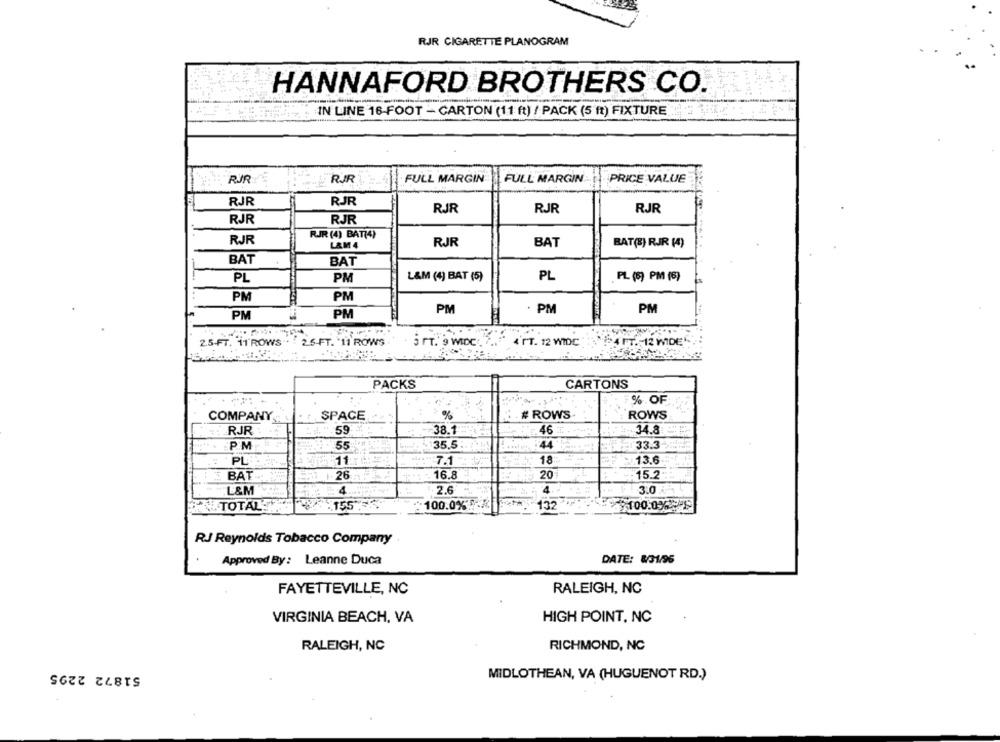
RJR CIGARETTE PLANOGRAM
HANNAFORD BROTHERS CO.
IN LINE 16-FOOT - CARTON (11 ft) / PACK (5 ft) FIXTURE
RUR
: FULL MARGIN
PRICE VALUE
RJR
FULL MARGIN
RJR
RJR
RJR
RJR
RJR
RJR
RJR
RJR (4) BAT(4)
RJR
L&M 4
RJR
BAT
BAT(E) RJR (4)
BAT
BAT
PL
PM
L&M (4) BAT (5)
PL
PL (5) PM (5)
PM
PM
PM
. PM
PM
PM
PM
2.5-FT. 11'ROWS".
2.5-FT. 11 ROWS
5 FT. 9 WIDC.
ATT. 12 WIDC
ATT. 12 WIDE
PACKS
CARTONS
% OF
SPACE
# ROWS
ROWS
COMPANY
RJR
.59
-38.1
46
34.8
P.M
55
35.5 .
44
33.3
PL
11
7.1 "
18
13.6
20
15.2
BAT
26
16.8
4
2.6
4
3.0
L&M
100.0%
TOTAL:
155
100.0% **
132
RJ Reynolds Tobacco Company
Approved By: Leanne Duca
DATE: &/31/96
FAYETTEVILLE, NC
RALEIGH, NC
VIRGINIA BEACH, VA
HIGH POINT, NC
RALEIGH, NC
RICHMOND, NC
51872 2295
MIDLOTHEAN, VA (HUGUENOT RD.)